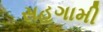
સહગામી